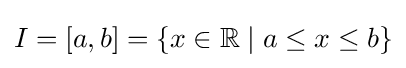
I=[a,b]=\{x\in \mathbb {R} \mid a\leq x\leq b\}